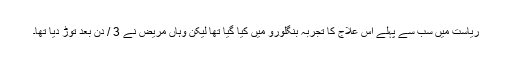
ریاست میں سب سے پہلے اس علاج کا تجربہ بنگلورو میں کیا گیا تھا لیکن وہاں مریض نے 3 / دن بعد توڑ دیا تھا۔